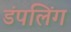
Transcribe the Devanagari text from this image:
डंपलिंग